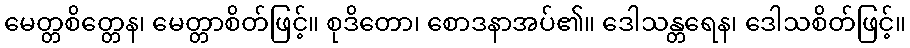
မေတ္တစိတ္တေန၊ မေတ္တာစိတ်ဖြင့်။ စုဒိတော၊ စောဒနာအပ်၏။ ဒေါသန္တရေန၊ ဒေါသစိတ်ဖြင့်။